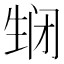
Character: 𬎵